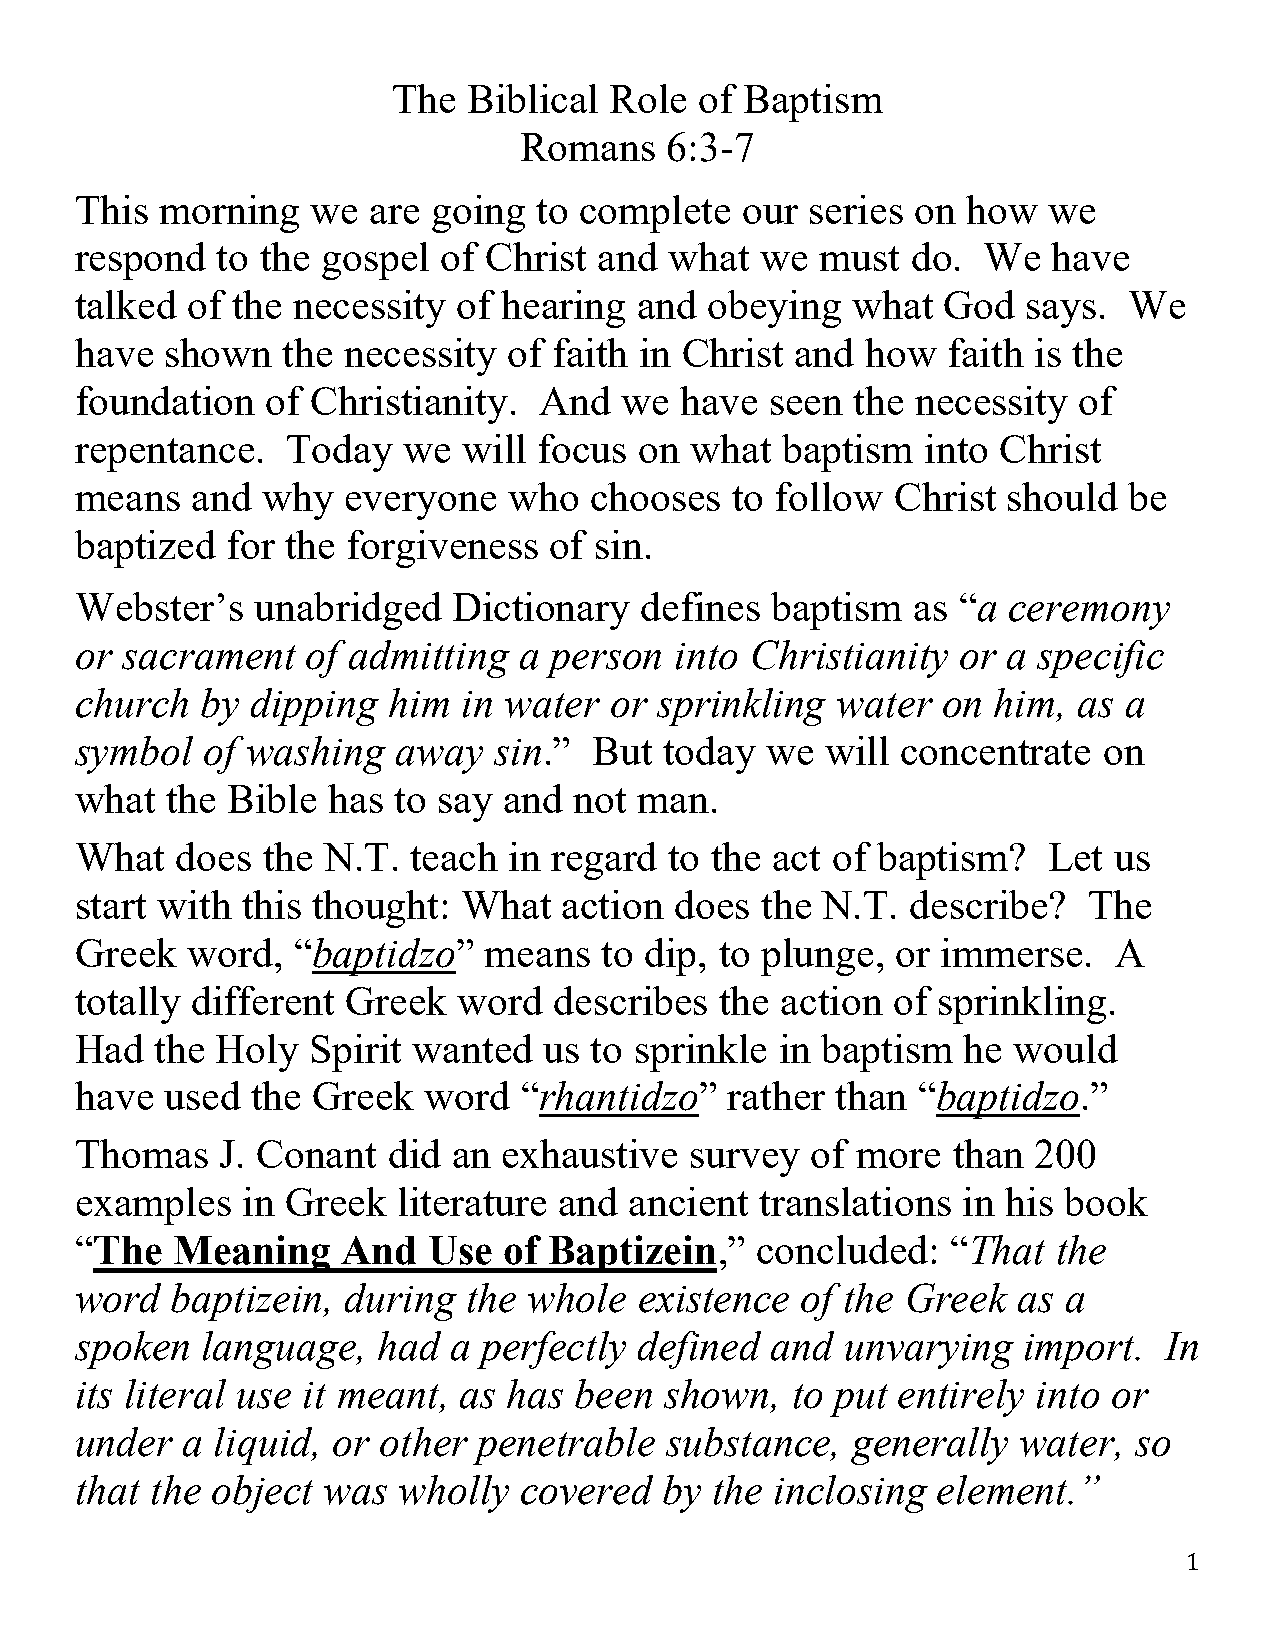
The  Biblical Role  of Baptism
 Romans    6:3-7
 This  morning   we  are going  to complete  our  series on how  we
 respond  to the gospel  of Christ  and what  we  must  do.  We   have
 talked of the necessity  of hearing  and  obeying  what  God   says.  We
 have  shown   the necessity  of faith in Christ and how   faith is the
 foundation   of Christianity.  And  we  have  seen  the necessity of
 repentance.   Today   we  will focus on  what  baptism  into Christ
 means   and why   everyone   who  chooses  to follow  Christ  should  be
 baptized  for the forgiveness  of sin.
 Webster’s   unabridged   Dictionary  defines  baptism  as “a  ceremony
 or sacrament   of admitting  a person   into Christianity  or a specific
 church  by  dipping  him  in water or  sprinkling water  on  him, as a
 symbol  of washing   away   sin.” But  today  we  will concentrate  on
 what  the Bible  has to say and  not man.
 What   does the N.T.  teach  in regard to the act of baptism?   Let  us
 start with this thought:  What  action  does the N.T.  describe?   The
 Greek  word,  “baptidzo”   means   to dip, to plunge, or immerse.    A
 totally different Greek  word   describes  the action of sprinkling.
 Had  the Holy   Spirit wanted  us to sprinkle  in baptism  he would
 have  used  the Greek  word  “rhantidzo”   rather than  “baptidzo.”
 Thomas    J. Conant  did an exhaustive   survey  of more  than 200
 examples   in Greek  literature and  ancient translations  in his book
 “The  Meaning     And  Use  of Baptizein,”   concluded:   “That  the
 word  baptizein,  during  the whole  existence  of the Greek  as a
 spoken  language,   had  a perfectly defined  and  unvarying   import.  In
 its literal use it meant, as has been  shown,  to put entirely  into or
 under  a liquid, or other  penetrable  substance,  generally  water,  so
 that the object was  wholly  covered   by the inclosing  element.”
 1